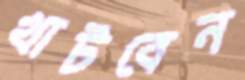
খাটবেন